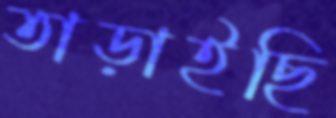
তাড়াইছি